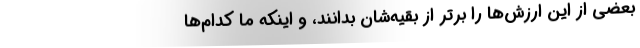
بعضی از این ارزش‌ها را برتر از بقیه‌شان بدانند، و اینکه ما کدام‌ها